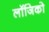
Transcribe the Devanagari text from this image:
लॉजिको